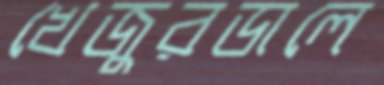
খেজুরডালে